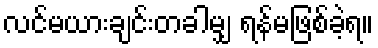
လင်မယားချင်းတခါမျှ ရန်မဖြစ်ခဲ့ရ။